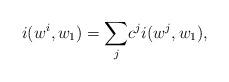
LaTeX: \begin{align*}i(w^i,w_1) = \underset{j}\sum c^j i(w^j,w_1),\end{align*}